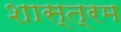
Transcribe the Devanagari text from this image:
शास्त्रम